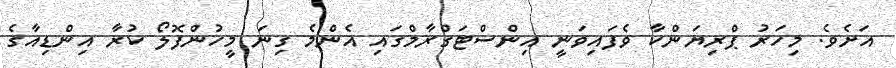
އަށެވެ. މިހަރު ޕްރިޔަންކާ ވެފައިވަނީ އިންސްޓަގްރާމްގައި އެންމެ ގިނަ މީހުންފޮލޯ ކުރާ އިންޑިއާގެ